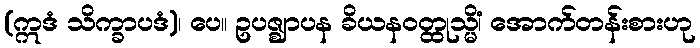
(ဣဒံ သိက္ခာပဒံ)၊ ပေ။ ဥပဇ္ဈာပန ခိယနဝတ္ထုသ္မိံ၊ အောက်တန်းစားဟု